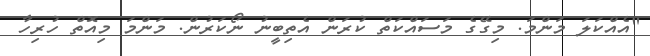
"އެއްކަލަ މަންމަ. މިގޭގެ މަސައްކަތް ކުރަން އެތިބީނު ނޯކަރުން. މަންމަ މިއޮތް ހުރިހާ